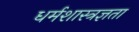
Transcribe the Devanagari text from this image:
धर्मशास्त्रज्ञता